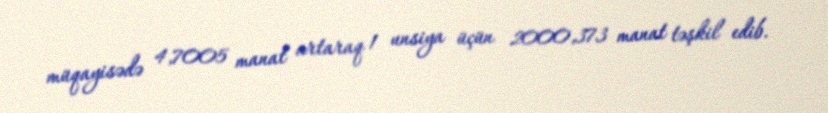
müqayisədə 4,7005 manat artaraq 1 unsiya üçün 2000,373 manat təşkil edib.